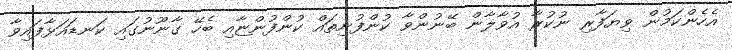
އެހެންކަމުން ވިޔަފާރި ނުކުރާ އުވާލާން ބޭނުންވާ ކުންފުނިތައް ކުންފުންޏާއި ބެހޭ ގާނޫނުގައި ކަނޑައަޅާފައިވާ